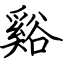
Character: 谿